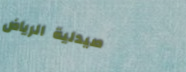
صيدلية الرياض